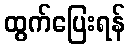
ထွက်ပြေးရန်